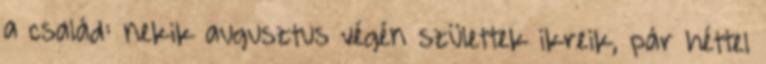
a család: nekik augusztus végén születtek ikreik, pár héttel